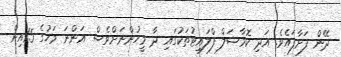
ދޭން ފަށާފައެވެ. އަދި ކޮމާޝަލް ފްލައިޓުތަކުގައި ދާ މީހުންނަށްވެސް އަންނަ މަހުގެ 15އިން